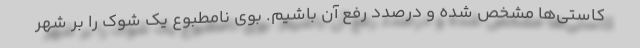
کاستی‌ها مشخص شده و درصدد رفع آن باشیم. بوی نامطبوع یک شوک را بر شهر